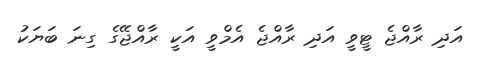
އަދި ރާއްޖެ ޓީވީ އަދި ރާއްޖެ އެމްވީ އަކީ ރާއްޖޭގެ ގިނަ ބަޔަކު